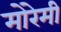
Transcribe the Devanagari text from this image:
मोरेमी